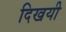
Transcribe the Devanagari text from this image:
दिखयी